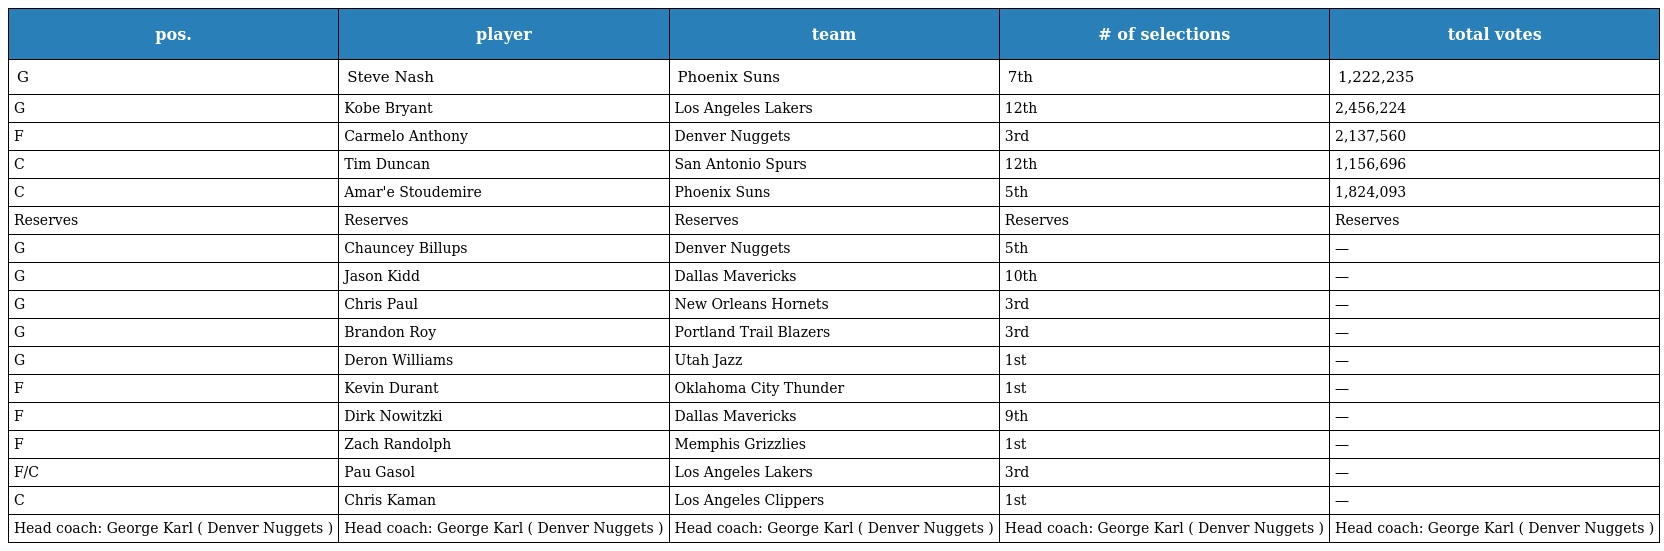
| pos. | player | team | # of selections | total votes |
 | --- | --- | --- | --- | --- |
 | G | Steve Nash | Phoenix Suns | 7th | 1,222,235 |
 | G | Kobe Bryant | Los Angeles Lakers | 12th | 2,456,224 |
 | F | Carmelo Anthony | Denver Nuggets | 3rd | 2,137,560 |
 | C | Tim Duncan | San Antonio Spurs | 12th | 1,156,696 |
 | C | Amar'e Stoudemire | Phoenix Suns | 5th | 1,824,093 |
 | Reserves | Reserves | Reserves | Reserves | Reserves |
 | G | Chauncey Billups | Denver Nuggets | 5th | — |
 | G | Jason Kidd | Dallas Mavericks | 10th | — |
 | G | Chris Paul | New Orleans Hornets | 3rd | — |
 | G | Brandon Roy | Portland Trail Blazers | 3rd | — |
 | G | Deron Williams | Utah Jazz | 1st | — |
 | F | Kevin Durant | Oklahoma City Thunder | 1st | — |
 | F | Dirk Nowitzki | Dallas Mavericks | 9th | — |
 | F | Zach Randolph | Memphis Grizzlies | 1st | — |
 | F/C | Pau Gasol | Los Angeles Lakers | 3rd | — |
 | C | Chris Kaman | Los Angeles Clippers | 1st | — |
 | Head coach: George Karl ( Denver Nuggets ) | Head coach: George Karl ( Denver Nuggets ) | Head coach: George Karl ( Denver Nuggets ) | Head coach: George Karl ( Denver Nuggets ) | Head coach: George Karl ( Denver Nuggets ) |